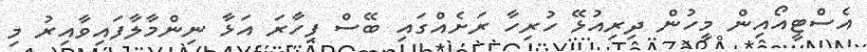
އެސްޓީއޯއިން މީހުން ދިރިއުޅޭ ހުރިހާ ރަށެއްގައި ބޭސް ފިހާރަ އަޅާ ނިންމާލާފައިވާއިރު މި